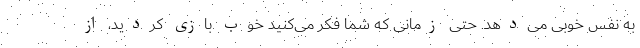
به نفس خوبی می‌دهد. حتی زمانی که شما فکر می‌کنید خوب بازی کردید، از